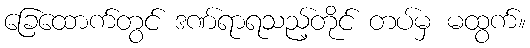
ခြေထောက်တွင် ဒဏ်ရာရသည့်တိုင် တပ်မှ မထွက်။